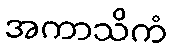
အကာသိကံ